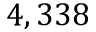
4 , 3 3 8